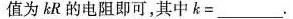
值为kR的电阻即可，其中k=___。